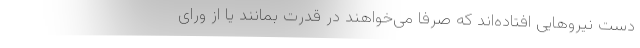
دست نیروهایی افتاده‌اند که صرفا می‌خواهند در قدرت بمانند یا از ورای